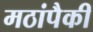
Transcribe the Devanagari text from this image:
मठांपैकी